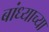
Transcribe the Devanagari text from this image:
बांध्याच्या